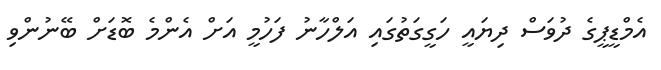
އެމްޑީޕީގެ ދުވަސް ދިޔައީ ހަގީގަތުގައި އަލްހާނު ފަހުމީ އަށް އެންމެ ބޮޑަށް ބޭނުންވި